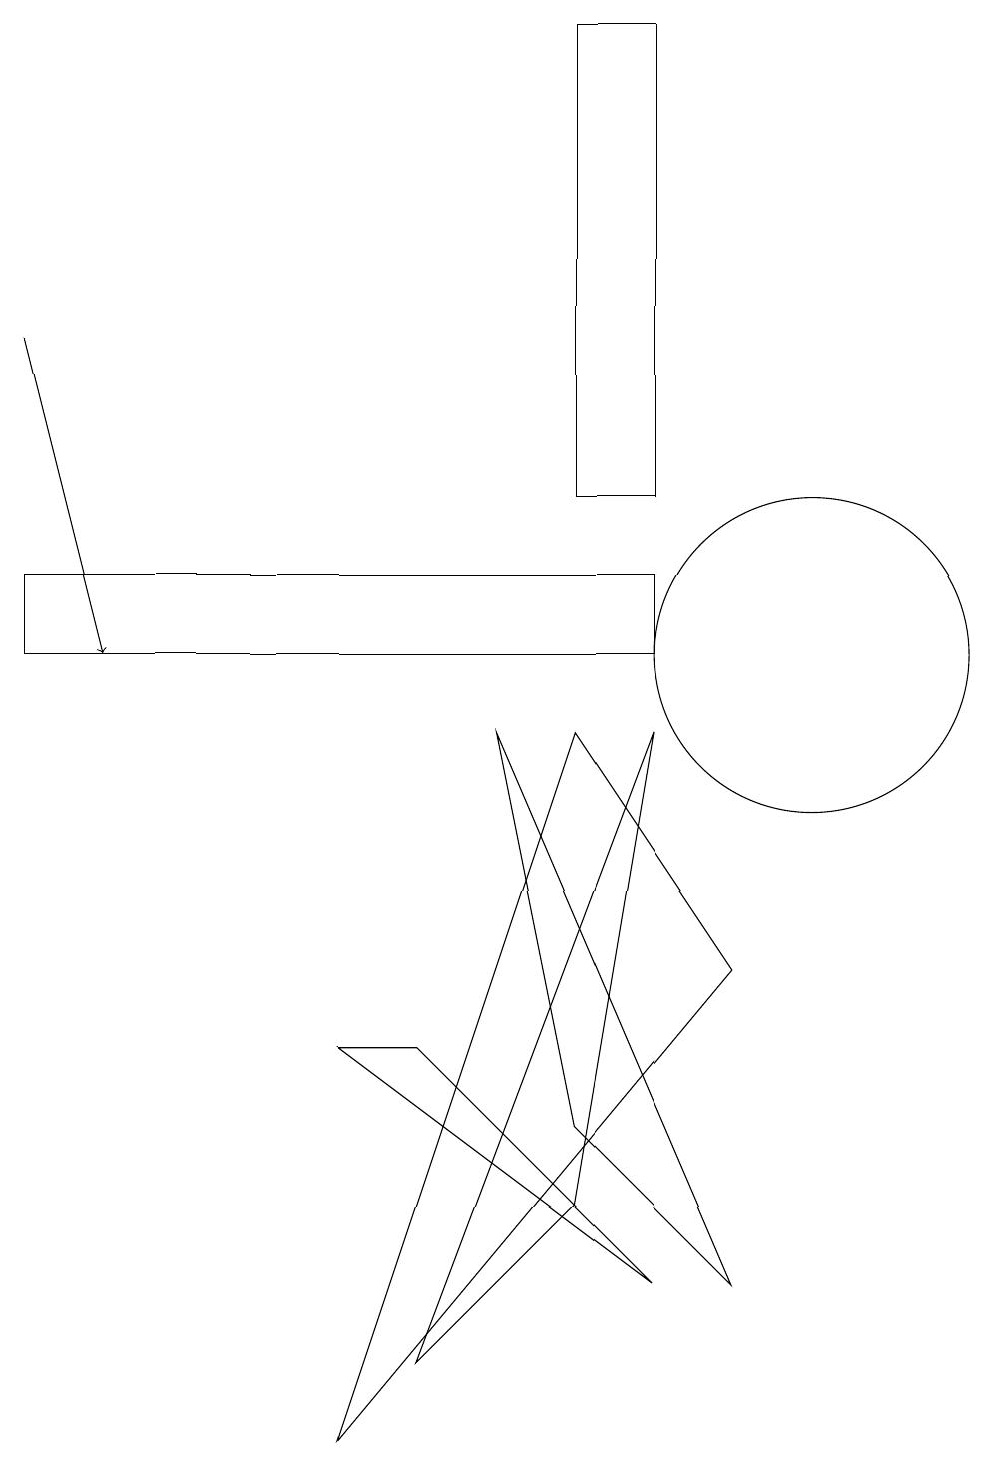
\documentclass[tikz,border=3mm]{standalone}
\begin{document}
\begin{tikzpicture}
\draw (10,10) circle (2);
\draw (8,11) rectangle (0,10);
\draw (5,5) -- (8,2) -- (4,5) -- cycle;
\draw (9,2) -- (7,4) -- (6,9) -- cycle;
\draw (5,1) -- (7,3) -- (8,9) -- cycle;
\draw[->] (0,14) -- (1,10);
\draw (7,9) -- (4,0) -- (9,6) -- cycle;
\draw (7,18) rectangle (8,12);
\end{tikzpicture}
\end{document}